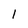
Character: 1